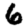
Digit: 6